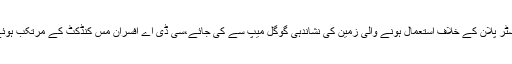
ماسٹر پلان کے خلاف استعمال ہونے والی زمین کی نشاندہی گوگل میپ سے کی جائے،سی ڈی اے افسران مس کنڈکٹ کے مرتکب ہوئے۔